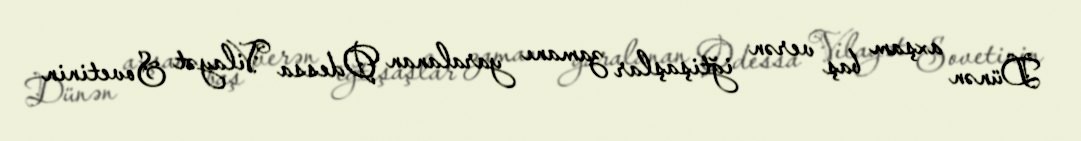
Dünən axşam baş verən iğtişaşlar zamanı yaralanan Odessa Vilayət Sovetinin